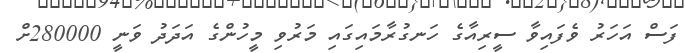
ފަސް އަހަރު ވެފައިވާ ސީރިއާގެ ހަނގުރާމައިގައި މަރުވި މީހުންގެ އަދަދު ވަނީ 280000ށް